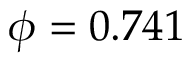
\phi = 0 . 7 4 1